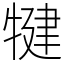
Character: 犍